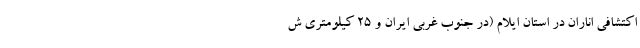
اکتشافی اناران در استان ایلام (در جنوب غربی ایران و ۲۵ کیلومتری ش